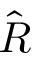
\hat { R }